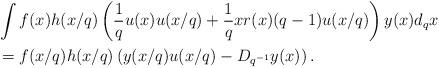
LaTeX: \begin{align*} & \int f(x) h(x/q) \left(\frac{1}{q} u(x) u(x/q) +\frac{1}{q} x r(x) (q-1)u(x/q)\right)y(x) d_qx \\& = f(x/q) h(x/q) \left(y(x/q) u(x/q)- D_{q^{-1}} y(x)\right). \end{align*}